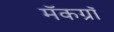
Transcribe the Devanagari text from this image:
मॅकग्रॉ